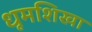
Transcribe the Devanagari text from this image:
धूमशिखा